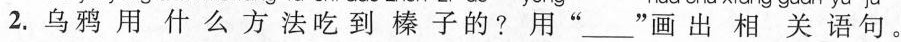
2.乌鸦用什么方法吃到榛子的？用” ___”画出相关语句。